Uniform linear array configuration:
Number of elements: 16
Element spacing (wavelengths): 0.75
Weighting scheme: kaiser
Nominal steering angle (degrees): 15
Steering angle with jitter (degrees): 13.99
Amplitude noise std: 0.05
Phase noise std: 0.05

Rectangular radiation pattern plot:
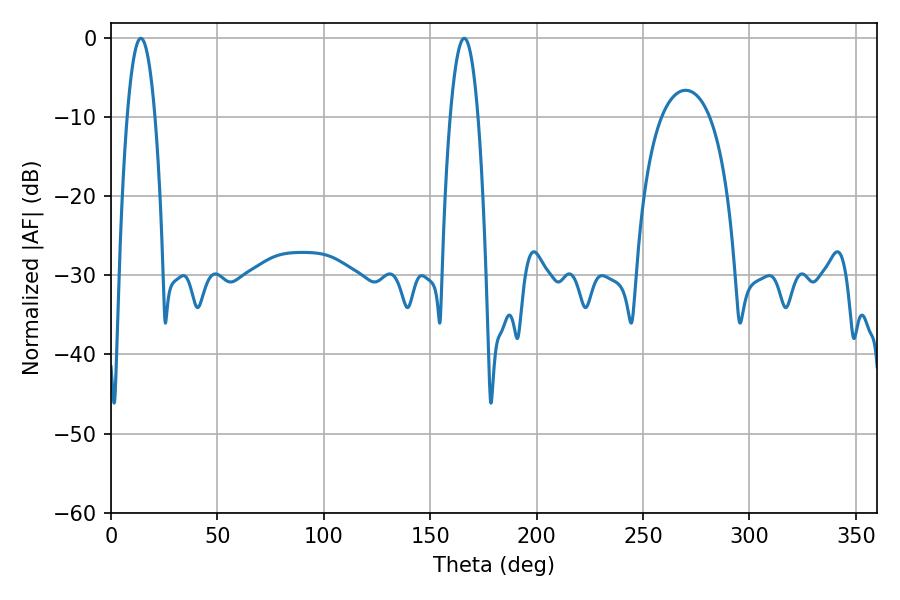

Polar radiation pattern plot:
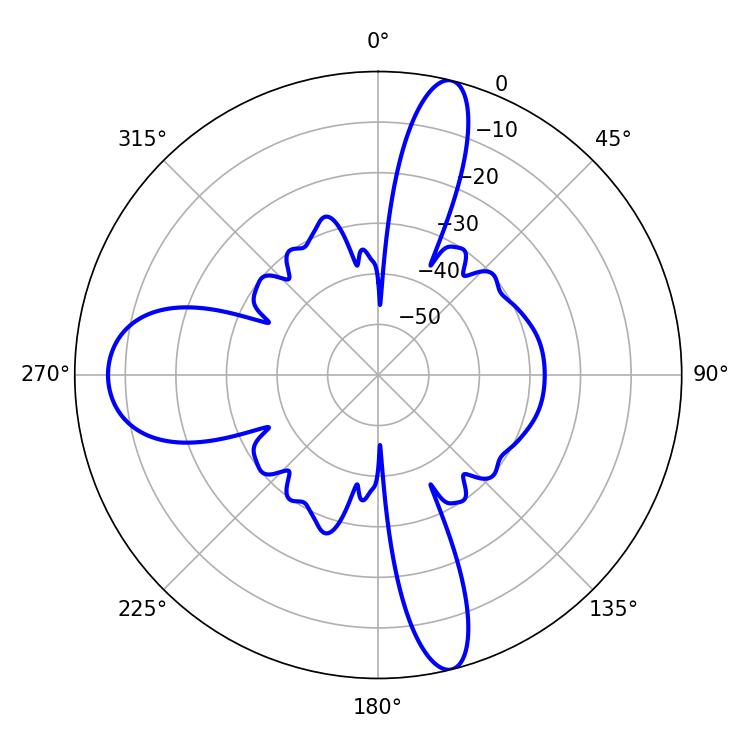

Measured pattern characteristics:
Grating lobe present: TRUE
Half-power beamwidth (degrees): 7.2
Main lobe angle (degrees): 14.04